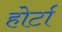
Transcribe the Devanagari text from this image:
होर्टा